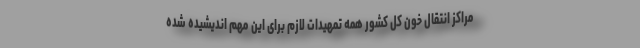
مراکز انتقال خون کل کشور همه تمهیدات لازم برای این مهم اندیشیده شده